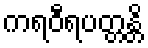
ကရဝီရပတ္တန္တိ